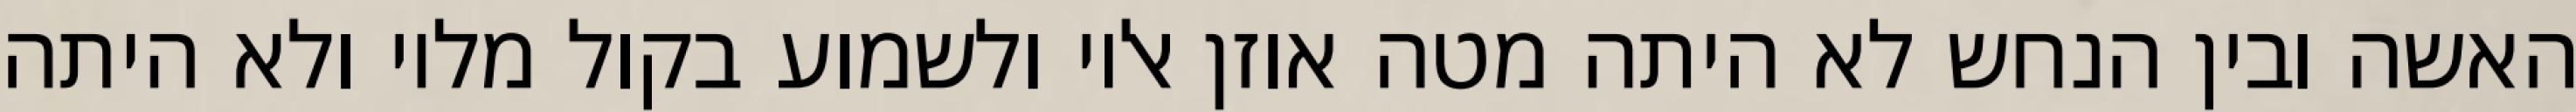
האשה ובין הנחש לא היתה מטה אוזן אליו ולשמוע בקול מליו ולא היתה